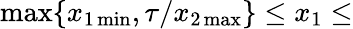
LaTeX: \operatorname*{max}\{ x_{1\operatorname*{min}},\tau/x_{2\operatorname*{max}}\} \leq x_{1}\leq